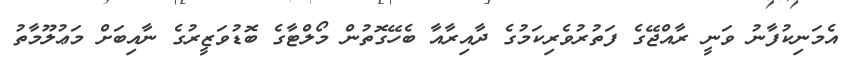
އެމަނިކުފާނު ވަނީ ރާއްޖޭގެ ފަތުރުވެރިކަމުގެ ދާއިރާއާ ބެހޭގޮތުން މޯލްޓާގެ ބޮޑުވަޒީރުގެ ނާއިބަށް މަޢުލޫމާތު